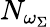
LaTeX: N_{\omega_{\Sigma}}